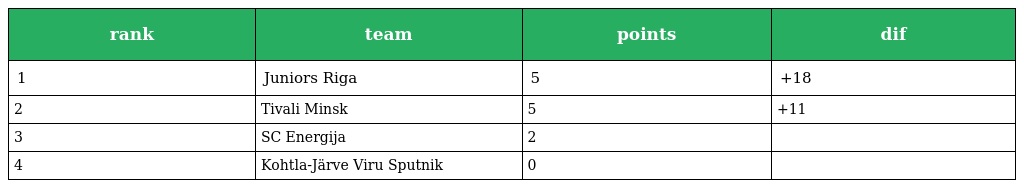
| rank | team | points | dif |
 | --- | --- | --- | --- |
 | 1 | Juniors Riga | 5 | +18 |
 | 2 | Tivali Minsk | 5 | +11 |
 | 3 | SC Energija | 2 |  |
 | 4 | Kohtla-Järve Viru Sputnik | 0 |  |